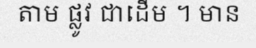
តាម ផ្លូវ ជាដើម ។ មាន